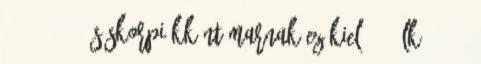
1:4; 2:4-14 és skorpiókként marnak Ezékiel 2:6, Lk. 11:12